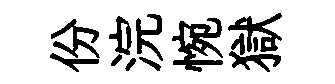
份浣惋獄